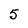
Character: 5